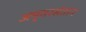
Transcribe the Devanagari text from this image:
अमृतरसंतान